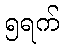
၅ရက်